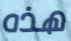
هذه